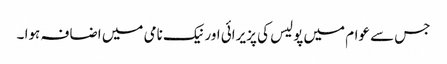
جس سے عوام میں پولیس کی پزیرائی اور نیک نامی میں اضافہ ہوا ۔